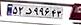
۵۲د۹۹۶۴۳